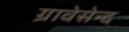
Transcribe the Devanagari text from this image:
ग्रावेसेन्द